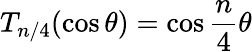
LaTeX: T_{n/4}(\cos\theta)=\cos{\frac{n}{4}\theta}